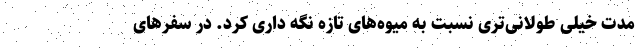
مدت خیلی طولانی‌تری نسبت به میوه‌های تازه نگه داری کرد. در سفرهای